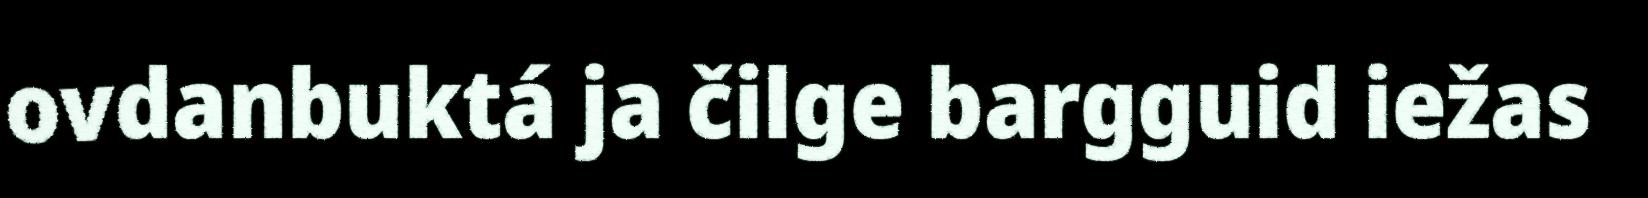
ovdanbuktá ja čilge bargguid iežas